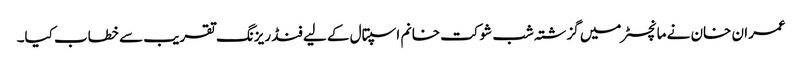
عمران خان نے مانچسٹر میں گزشتہ شب شوکت خانم اسپتال کے لیے فنڈ ریزنگ تقریب سے خطاب کیا۔